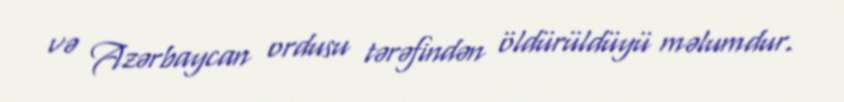
və Azərbaycan ordusu tərəfindən öldürüldüyü məlumdur.